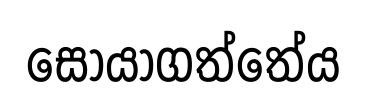
සොයාගත්තේය